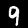
Digit: 9